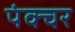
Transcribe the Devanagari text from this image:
पंक्‍चर